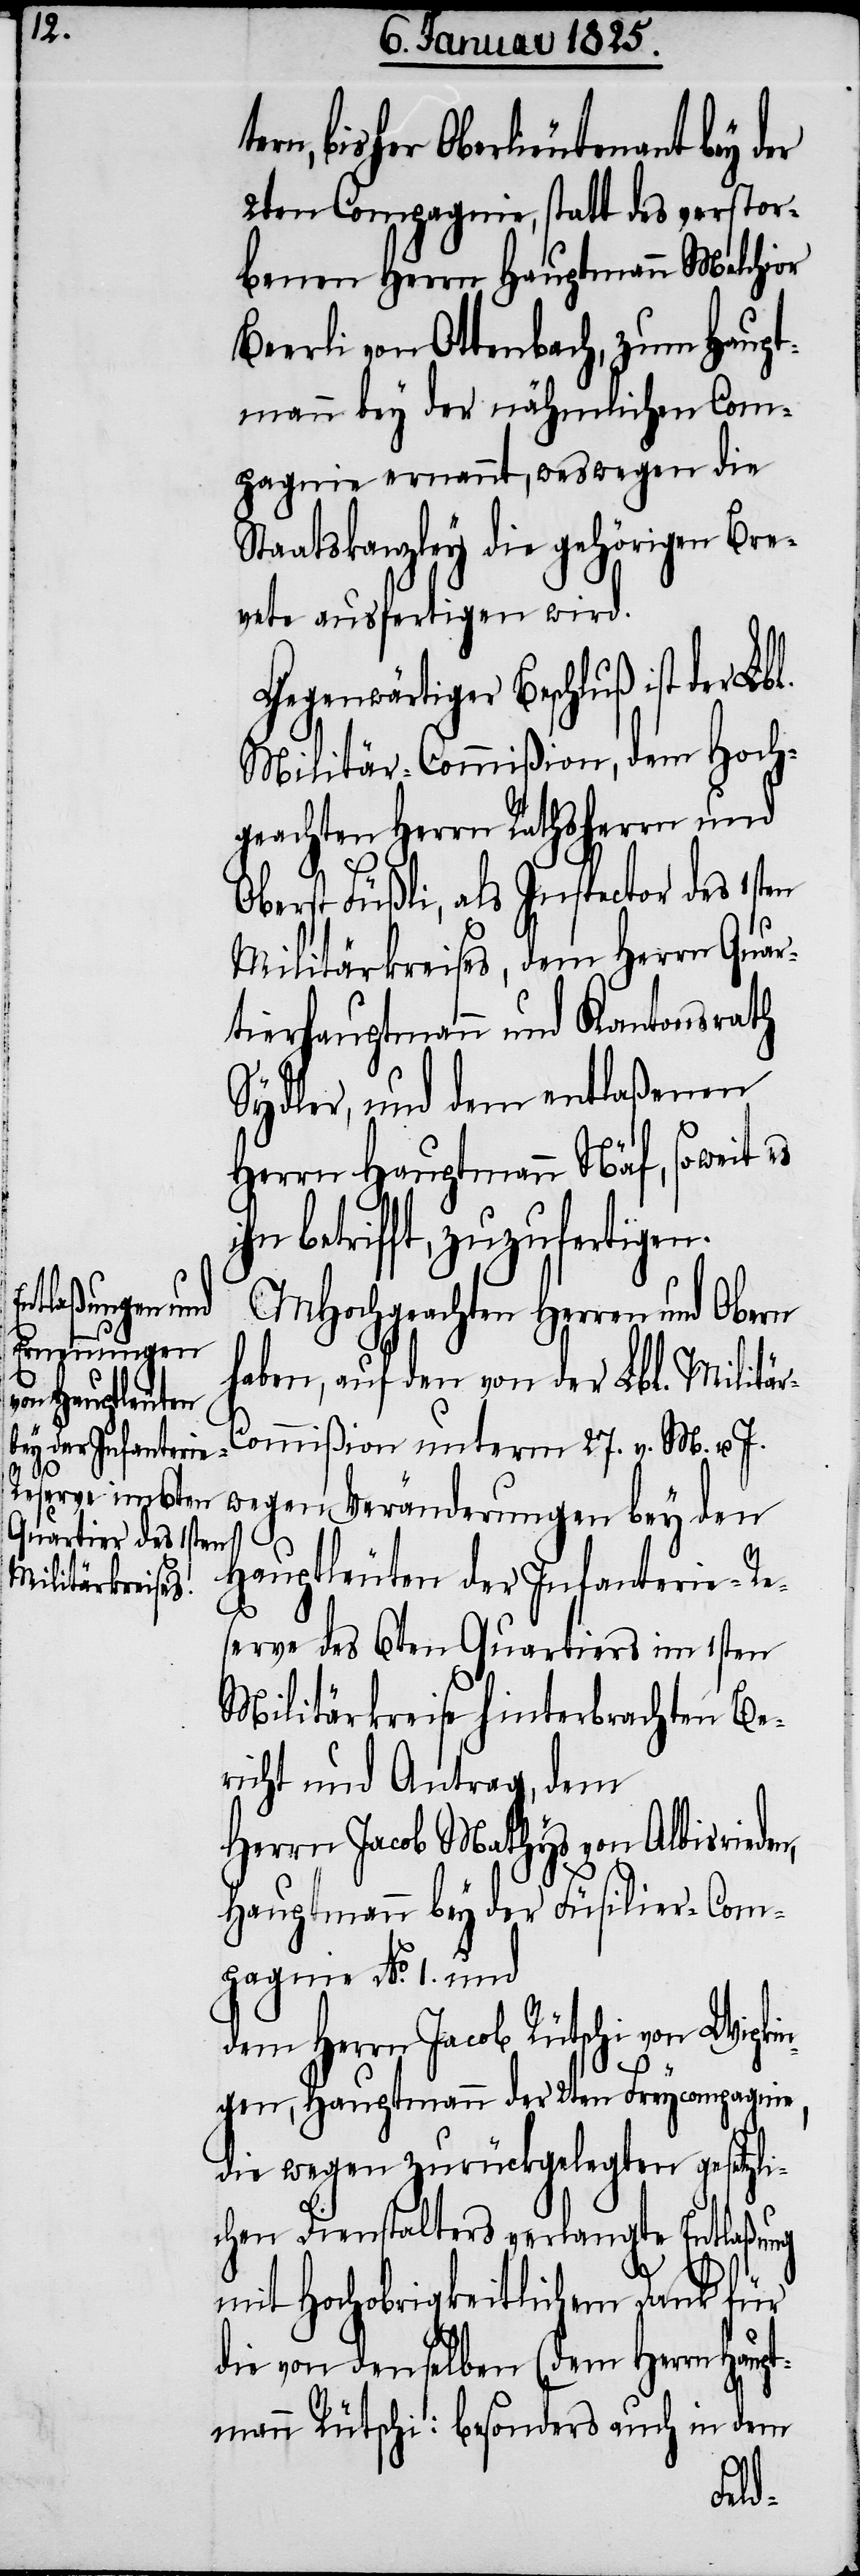
ern, bisher Oberlieutenant bey der
2ten Compagnie, statt des verstor¬
benen Herrn Hauptmann Melchior
Beerli von Ottenbach, zum Haupt¬
mann bey der nähmlichen Com¬
pagnie ernannt, weswegen die
Staatskanzley die gehörigen Bre¬
vete ausfertigen wird.
Gegenwärtiger Beschluß ist der Lbl.
Militär-Commißion, dem Hoch¬
geachten Herrn Rathsherrn und
Oberst Füßli, als Inspector des 1sten
Militärkreises, dem Herrn Quar¬
tierhauptmann und Kantonsrath
Sydler, und dem entlaßenen
Herrn Hauptmann Näf, soweit es
ihn betrifft, zuzufertigen.
MHochgeachten Herren und Obern
t¬
haben, auf den von der Lbl. Militär-C¬
ommißion unterm 27. v. M. u. J.
wegen Veränderungen bey den
Hauptleuten der Infanterie-Re¬
serve des 6ten Quartiers im 1sten
Militärkreise hinterbrachten Be¬
richt und Antrag, dem
Herrn Jacob Mathys von Albisrieden,
Hauptmann bey der Füsilier-Com¬
pagnie No. 1. und
dem Herrn Jacob Rütschi von Wipki¬
ngen, Hauptmann der 2ten Freycompagnie,
die wegen zurückgelegten gesetzli¬
chen Dienstalters verlangte Entlaßung
mit Hochobrigkeitlichem Dank für
die von denselben (dem Herrn Haupt¬
mann Rütschi: besonders auch in dem